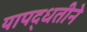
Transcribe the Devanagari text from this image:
यापद्धतीने